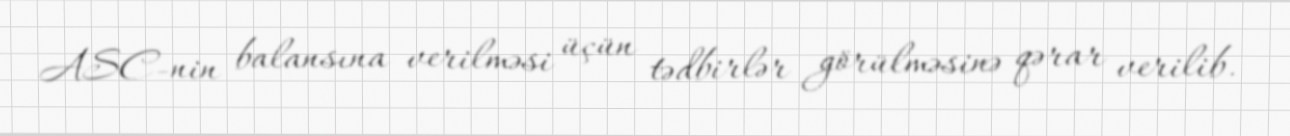
ASC-nin balansına verilməsi üçün tədbirlər görülməsinə qərar verilib.